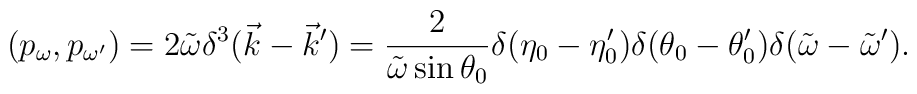
(p_\omega, p_{\omega'}) = 2 \tilde{\omega} \delta^3(\vec{k} - \vec{k}') =\frac{2}{\tilde{\omega} \sin \theta_0} \delta(\eta_0 - \eta_0') \delta(\theta_0 - \theta_0') \delta(\tilde{\omega} - \tilde{\omega}').